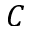
C